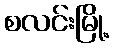
စလင်းမြို့